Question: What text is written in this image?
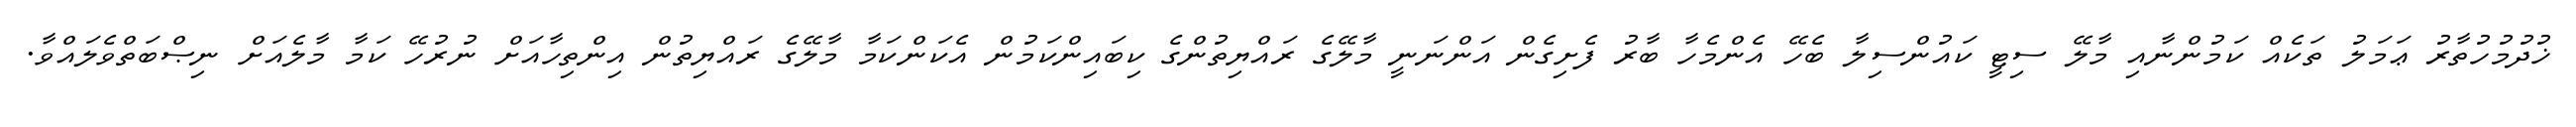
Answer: ޚުދުމުހުތާރު ޢަމަލު ތަކެއް ކަމުންނާއި މާލޭ ސިޓީ ކައުންސިލާ ބެހޭ އެންމެހާ ބާރު ފެށިގެން އަންނަނީ މާލޭގެ ރައްޔިތުންގެ ކިބައިންކަމުން އެކަންކަމާ މާލޭގެ ރައްޔިތުން އިންތިހާއަށް ނުރުހޭ ކަމާ މާލެއަށް ނިޞްބަތްވެލައްވާ.